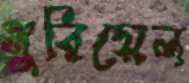
মুরিয়েল